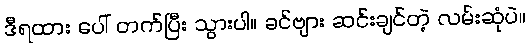
ဒီရထား ပေါ် တက်ပြီး သွားပါ။ ခင်ဗျား ဆင်းချင်တဲ့ လမ်းဆုံပဲ။